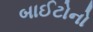
બાઈટોનો